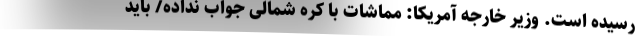
رسیده است. وزیر خارجه آمریکا: مماشات با کره شمالی جواب نداده/ باید